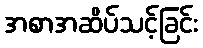
အစာအဆိပ်သင့်ခြင်း